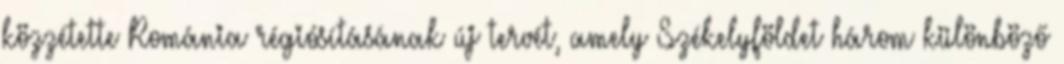
közzétette Románia régiósításának új tervét, amely Székelyföldet három különböző